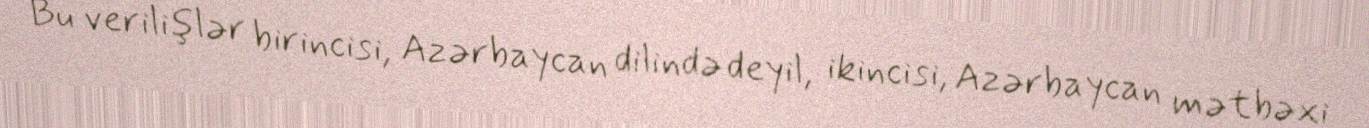
Bu verilişlər birincisi, Azərbaycan dilində deyil, ikincisi, Azərbaycan mətbəxi